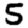
Digit: 5